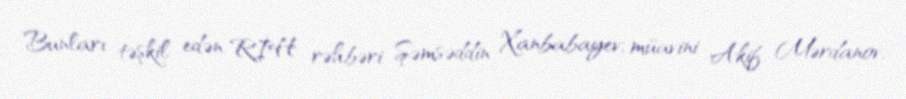
Bunları təşkil edən RİH rəhbəri Şəmsəddin Xanbabayev, müavini Akif Mərdanov,